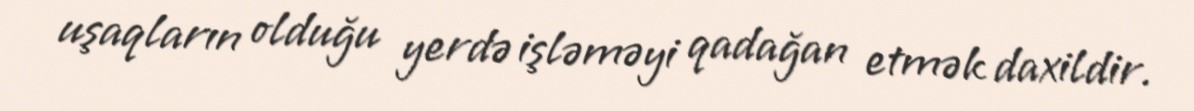
uşaqların olduğu yerdə işləməyi qadağan etmək daxildir.